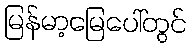
မြန်မာ့မြေပေါ်တွင်